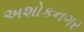
અશોકનગર